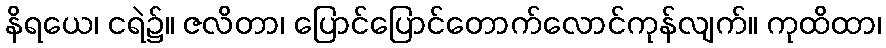
နိရယေ၊ ငရဲ၌။ ဇလိတာ၊ ပြောင်ပြောင်တောက်လောင်ကုန်လျက်။ ကုထိထာ၊